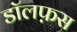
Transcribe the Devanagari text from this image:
डॉलफ़स